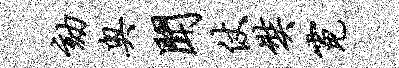
劾奥闻仗奘霓